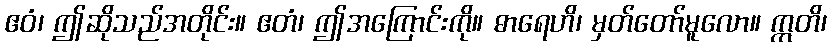
ဧဝံ၊ ဤဆိုသည်အတိုင်း။ ဧတံ၊ ဤအကြောင်းကို။ ဓာရေဟိ၊ မှတ်တော်မူလော။ ဣတိ၊